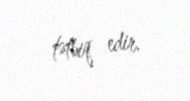
tətbiq edir.